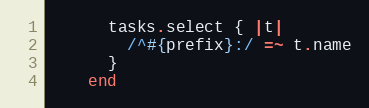
Language: Ruby
      tasks.select { |t|
        /^#{prefix}:/ =~ t.name
      }
    end